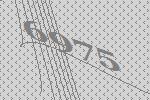
6975